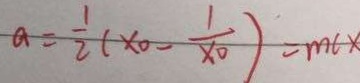
a = \frac { 1 } { 2 } ( x _ { 0 } - \frac { 1 } { x _ { 0 } } ) = m c x